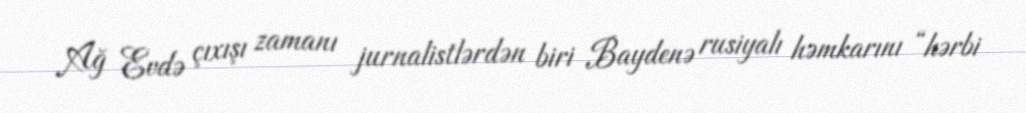
Ağ Evdə çıxışı zamanı jurnalistlərdən biri Baydenə rusiyalı həmkarını “hərbi